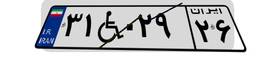
۳۱W۰۲۹۲۶